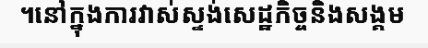
។នៅក្នុងការវាស់ស្ទង់សេដ្ឋកិច្ចនិងសង្គម